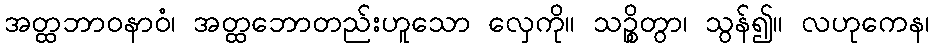
အတ္ထဘာဝနာဝံ၊ အတ္ထဘောတည်းဟူသော လှေကို။ သဉ္စိတွာ၊ သွန်၍။ လဟုကေန၊